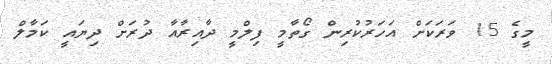
މީގެ 15 ވަރަކަށް އަހަރުކުރިން ގޯތާމީ ފިލްމީ ދާއިރާއާ ދުރަށް ދިޔައީ ކަމާލް